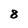
Character: 8